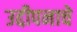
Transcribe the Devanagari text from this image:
उद्दीपनाचे